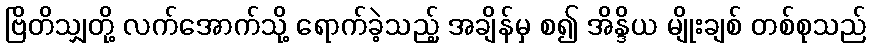
ဗြိတိသျှတို့ လက်အောက်သို့ ရောက်ခဲ့သည့် အချိန်မှ စ၍ အိန္ဒိယ မျိုးချစ် တစ်စုသည်